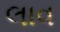
લાવ